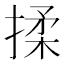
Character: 揉